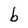
Character: b